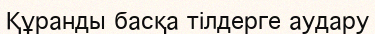
Құранды басқа тілдерге аудару